Indian Medical Review
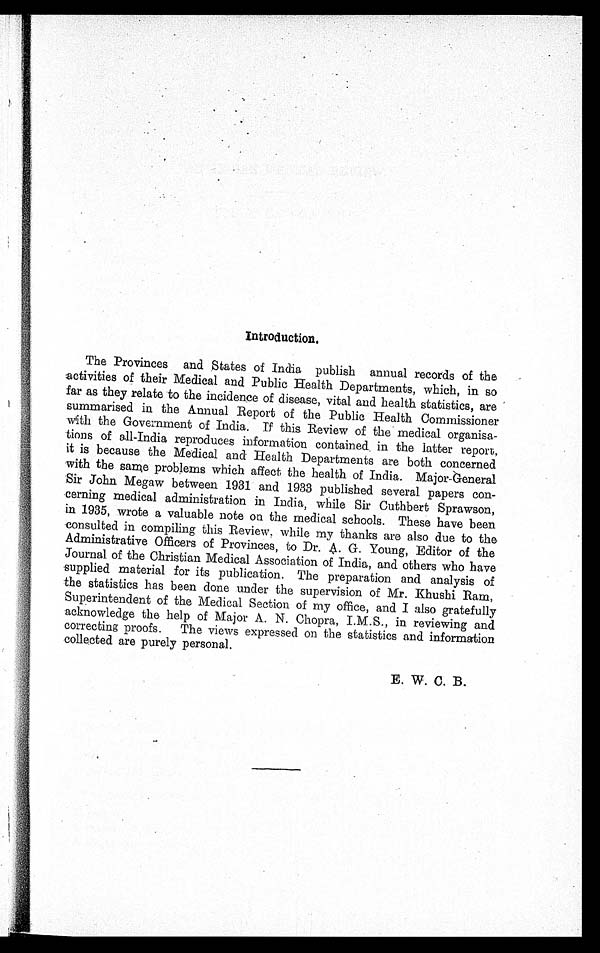
Introduction.
The Provinces and States of India publish annual records of the
activities of their Medical and Public Health Departments, which, in so
far as they relate to the incidence of disease, vital and health statistics, are
summarised in the Annual Report of the Public Health Commissioner
with the Government of India. If this Review of the medical organisa--
tions of all-India reproduces information contained in the latter report,
it is because the Medical and Health Departments are both concerned
with the same problems which affect the health of India. Major-General
Sir John Megaw between 1931 and 1933 published several papers con--
cerning medical administration in India, while Sir Cuthbert Sprawson,
in 1935, wrote a valuable note on the medical schools. These have been
consulted in compiling this Review, while my thanks are also due to the
Administrative Officers of Provinces, to Dr. A. G. Young, Editor of the
Journal of the Christian Medical Association of India, and others who have
supplied material for its publication. The preparation and analysis of
the statistics has been done under the supervision of Mr. Khushi Ram,
Superintendent of the Medical Section of my office, and I also gratefully
acknowledge the help of Major A. N. Chopra, I.M.S., in reviewing and
correcting proofs. The views expressed on the statistics and information
collected are purely personal.
E. W. C. B.